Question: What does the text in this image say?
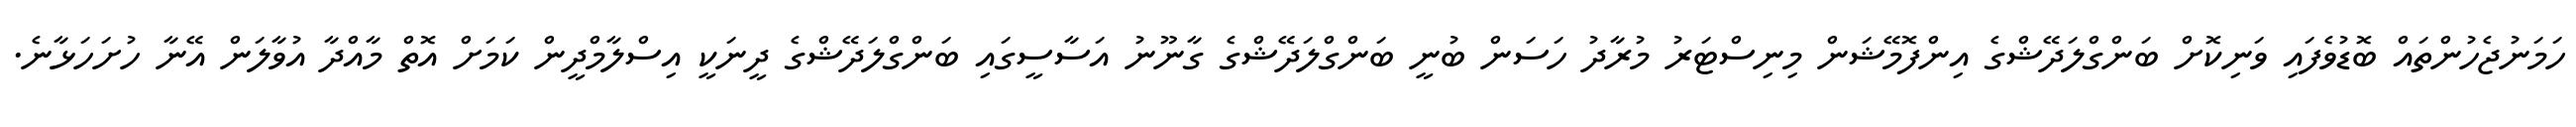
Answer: ހަމަނުޖެހުންތައް ބޮޑުވެފައި ވަނިކޮށް ބަންގްލަދޭޝްގެ އިންފޮމޭޝަން މިނިސްޓަރު މުރާދު ހަސަން ބުނީ ބަންގްލަދޭޝްގެ ގާނޫނު އަސާސީގައި ބަންގްލަދޭޝްގެ ދީނަކީ އިސްލާމްދީން ކަމަށް އޮތް މާއްދާ އުވާލަން އޭނާ ހުށަހަޅާނެ.